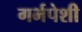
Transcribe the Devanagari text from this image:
गर्भपेशी